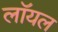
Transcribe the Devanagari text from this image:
लाॅयल